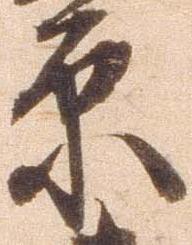
原